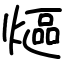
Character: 熰